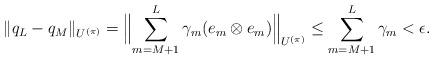
LaTeX: \begin{align*} \| q_L - q_M \|_{U^{(\pi)}} = \Bigl\| \sum\limits_{m=M+1}^{L} \gamma_m (e_m \otimes e_m) \Bigr\|_{U^{(\pi)}} \leq \sum\limits_{m=M+1}^{L} \gamma_m < \epsilon. \end{align*}